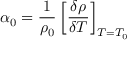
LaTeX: \alpha _ { 0 } = { \frac { 1 } { \rho _ { 0 } } } \left[ { \frac { \delta \rho } { \delta T } } \right] _ { T = T _ { 0 } }